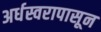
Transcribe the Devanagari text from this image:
अर्धस्वरापासून